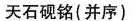
天砚铭(并序)